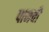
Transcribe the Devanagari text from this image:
पामची